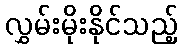
လွှမ်းမိုးနိုင်သည့်